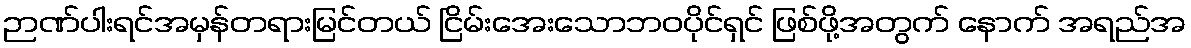
ဉာဏ်ပါးရင်အမှန်တရားမြင်တယ် ငြိမ်းအေးသောဘဝပိုင်ရှင် ဖြစ်ဖို့အတွက် နောက် အရည်အ